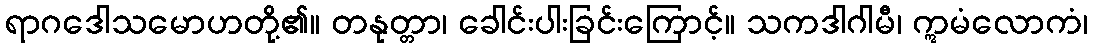
ရာဂဒေါသမောဟတို့၏။ တနုတ္တာ၊ ခေါင်းပါးခြင်းကြောင့်။ သကဒါဂါမီ၊ ဣမံလောကံ၊